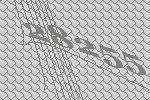
28255